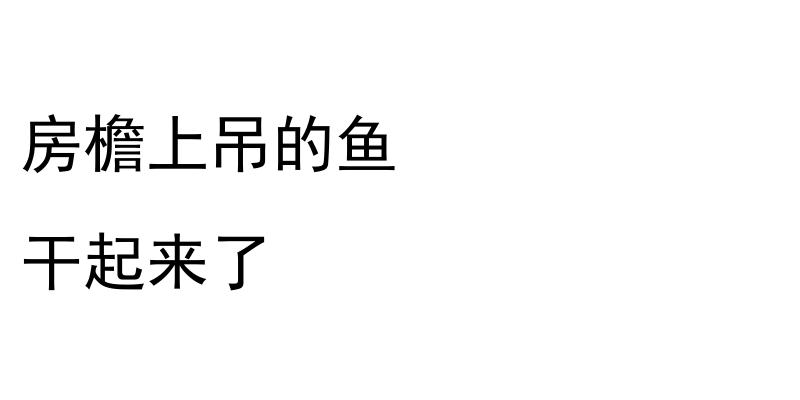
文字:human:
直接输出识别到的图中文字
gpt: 房檐上吊的鱼 干起来了